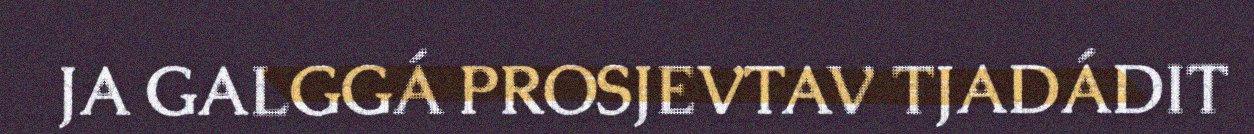
JA GALGGÁ PROSJEVTAV TJADÁDIT